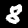
Label: 8